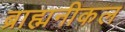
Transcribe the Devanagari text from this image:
ब्राह्मनीकल